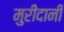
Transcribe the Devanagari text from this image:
मुरीदानी